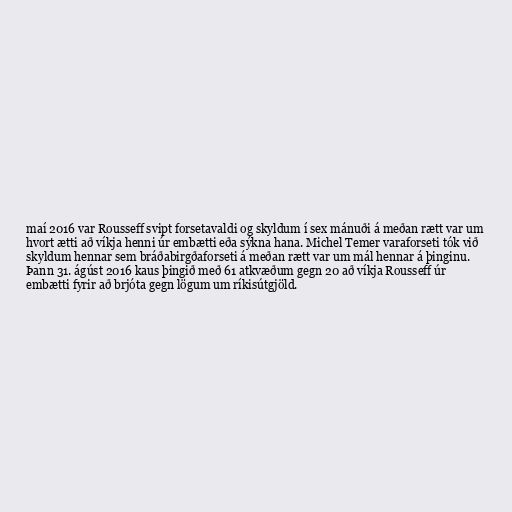
maí 2016 var Rousseff svipt forsetavaldi og skyldum í sex mánuði á meðan rætt var um
hvort ætti að víkja henni úr embætti eða sýkna hana. Michel Temer varaforseti tók við
skyldum hennar sem bráðabirgðaforseti á meðan rætt var um mál hennar á þinginu.
Þann 31. ágúst 2016 kaus þingið með 61 atkvæðum gegn 20 að víkja Rousseff úr
embætti fyrir að brjóta gegn lögum um ríkisútgjöld.